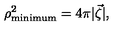
\rho _ { \mathrm { m i n i m u m } } ^ { 2 } = 4 \pi | \vec { \zeta } | ,